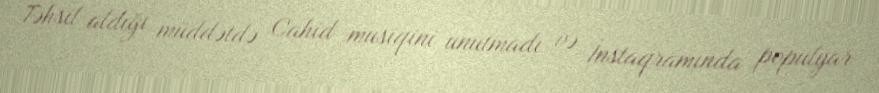
Təhsil aldığı müddətdə Cahid musiqini unutmadı və İnstaqramında populyar